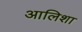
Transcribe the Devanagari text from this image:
आलिशा